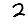
Digit: 2